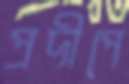
প্রদীপে